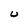
Character: U